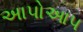
અાપોઆપ